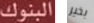
البنوك بخير